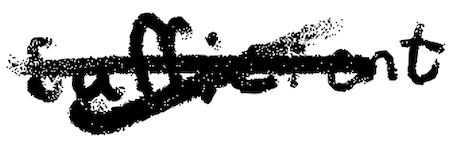
Text: sufficient
Cross-out: cross
Writing tool: digital_black